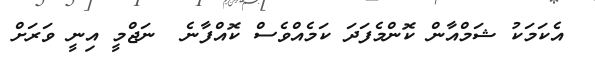
އެކަމަކު ޝަމްއާން ކޮންމެފަދަ ކަމެއްވެސް ކޮއްފާނެ  ނަޖްމީ އިނީ ވަރަށް